Leningradi_Edasi_toimetus, lk 84
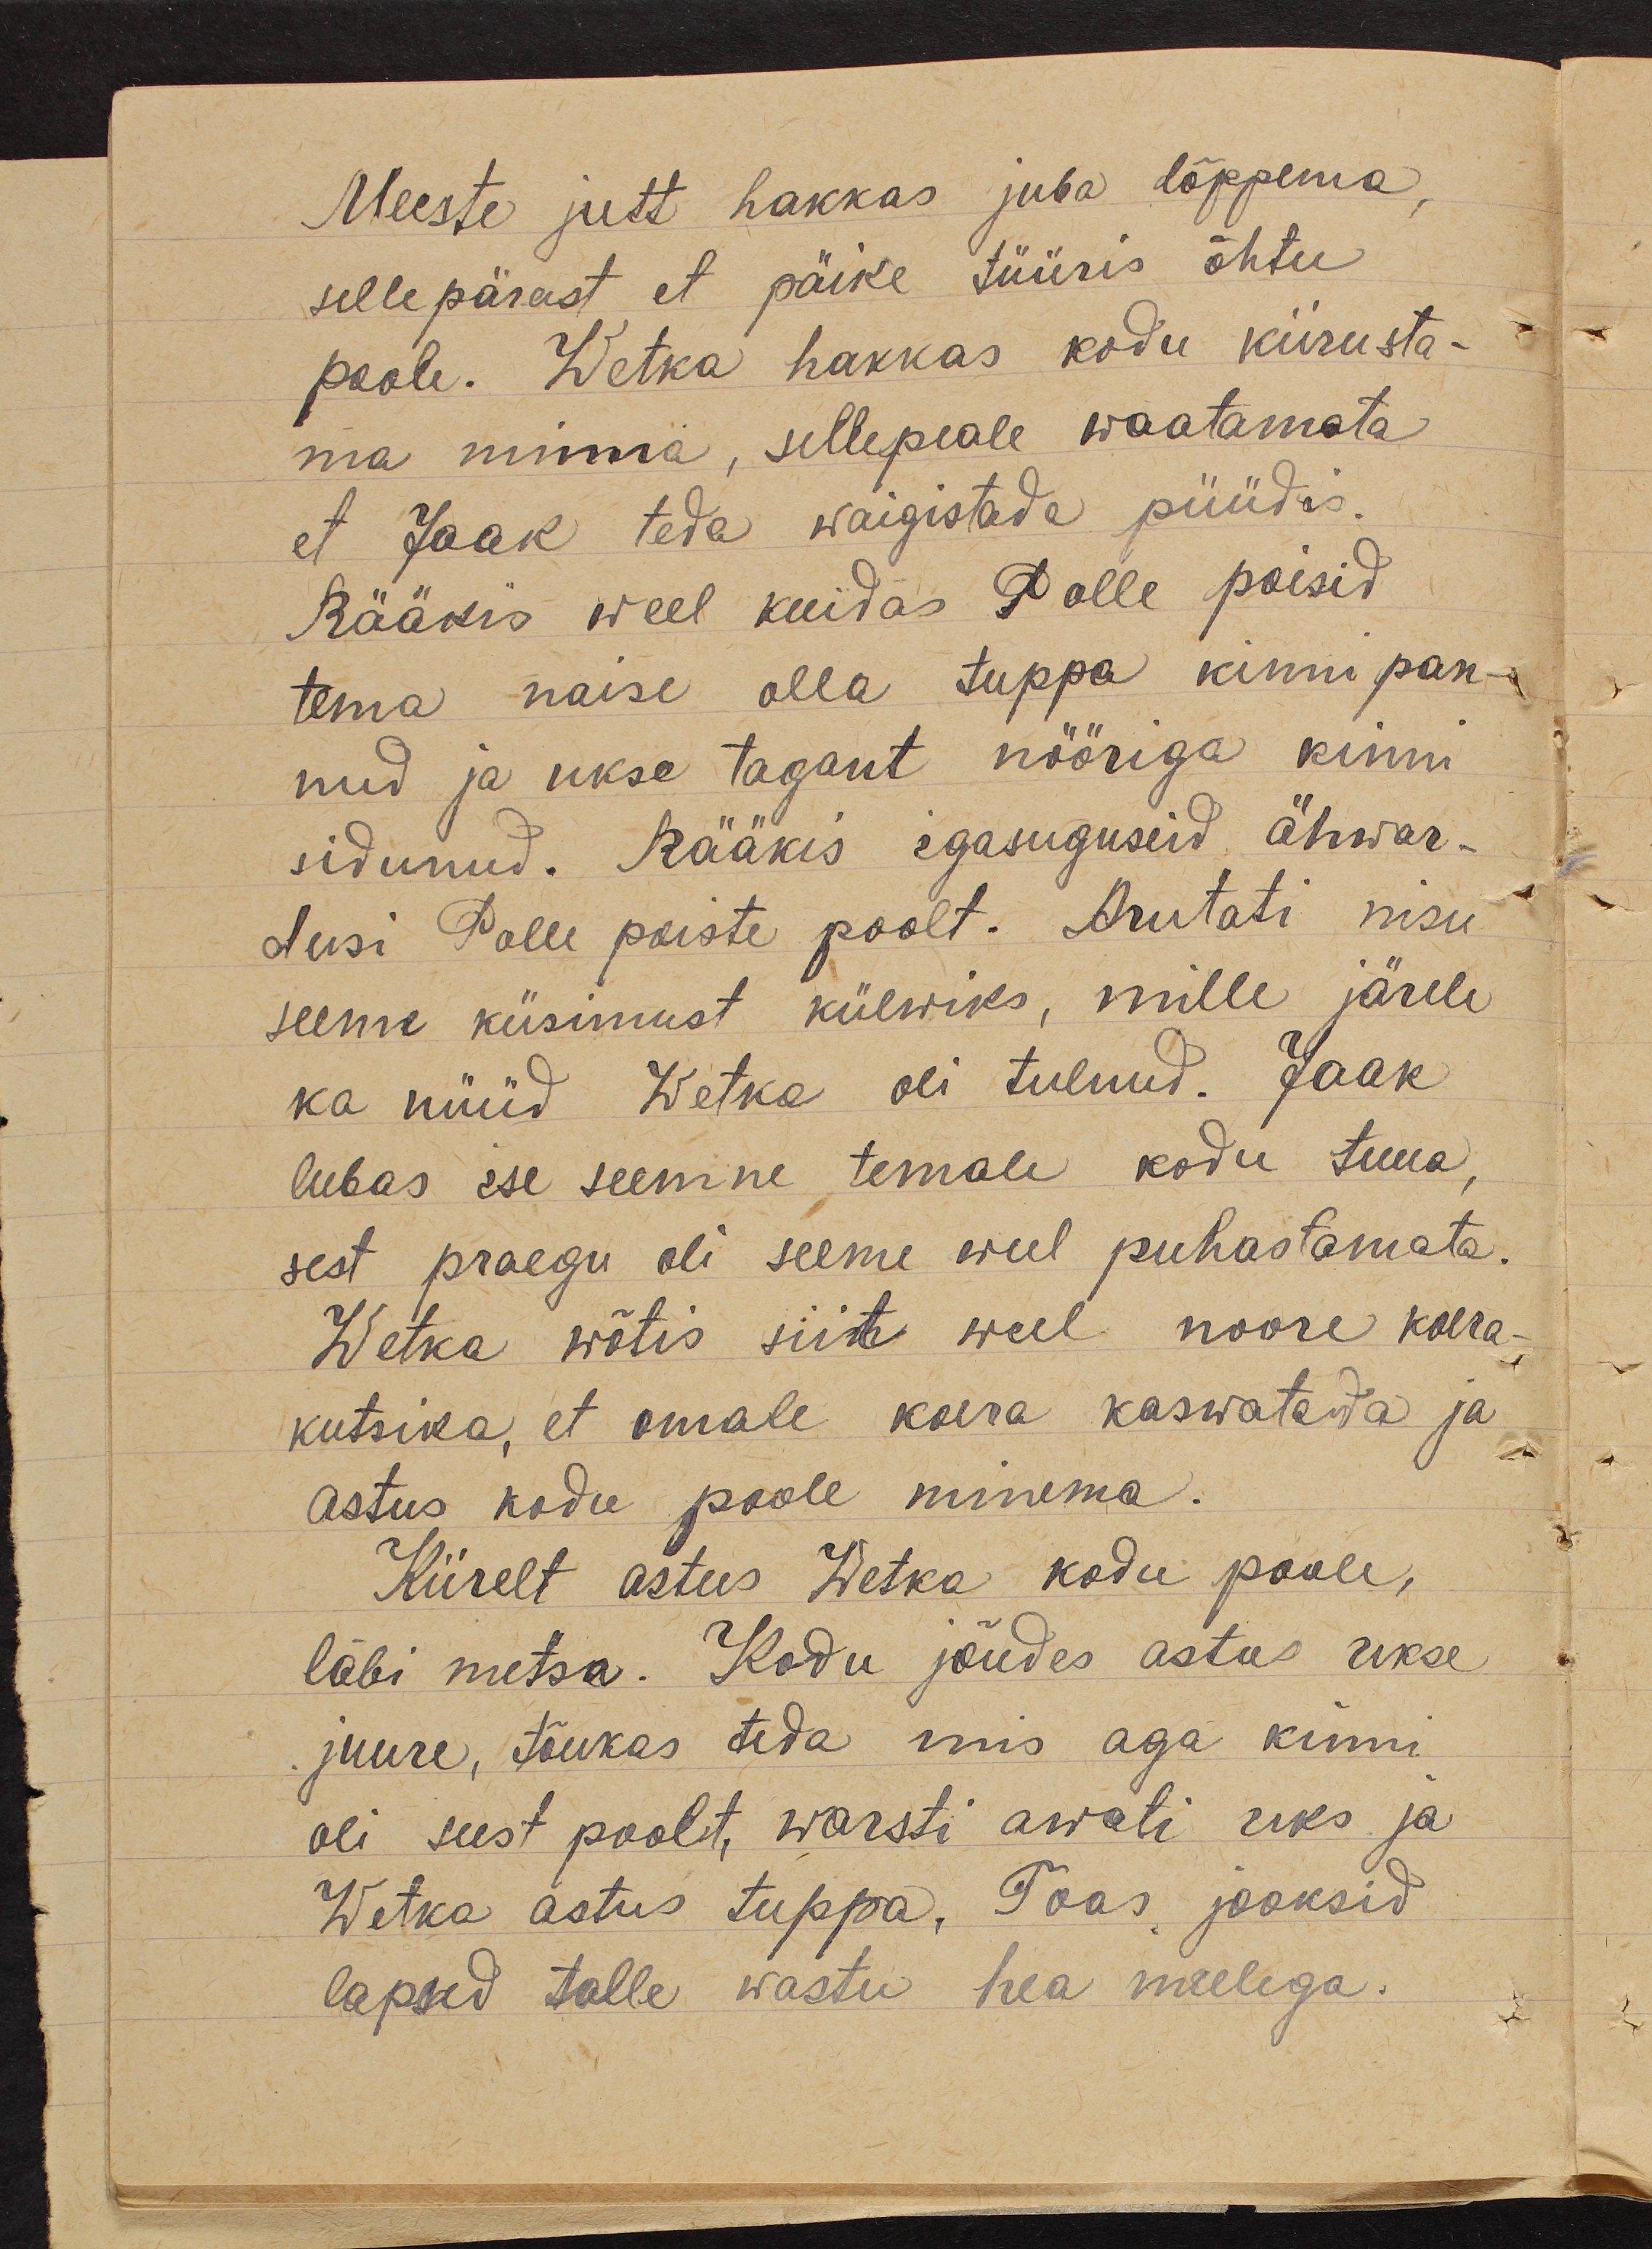
Meeste jutt hakkas juba lõppema,
selle pärast et päike tüüris õhtu
poole. Wetka hakkas kodu kiirusta-
ma minna, sellepeale waatamata
et Jaak teda waigistada püüdis.
Rääkis weel kuidas Polle poisid
tema naise olla tuppa kinni pan-
nud ja ukse tagant nööriga kinni
sidunud. Rääkis igasuguseid ähwar-
dusi Polle poiste poolt. Arutati nisu
seeme küsimust külwiks, mille järele
ka nüüd Wetka oli tulnud. Jaak
lubas ise seemne temale kodu tuua,
sest praegu oli seeme weel puhastamata.
Wetka wõtis siit weel noore koera-
kutsika, et omale koera kaswatada ja
astus kodu poole minema.
Kiirelt astus Wetka kodu poole,
läbi metsa. Kodu jõudes astus ukse
juure, tõukas teda mis aga kinni
oli seest poolt, warsti awati uks ja
Wetka astus tuppa. Toas jooksid
lapsed talle wastu hea meelega.